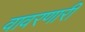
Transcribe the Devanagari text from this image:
वावरणारी